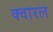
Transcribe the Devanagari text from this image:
क्वारल